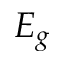
E _ { g }